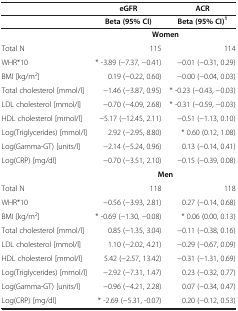
|  | eGFR | ACR |
 | --- | --- | --- |
 |  | Beta (95% CI) | Beta (95% CI)1 |
 |  | <COLSPAN=2> Women |
 | Total N | 115 | 114 |
 | WHR*10 | * -3.89 (−7.37, −0.41) | −0.01 (−0.31, 0.29) |
 | BMI [kg/m2] | 0.19 (−0.22, 0.60) | −0.00 (−0.04, 0.03) |
 | Total cholesterol [mmol/l] | −1.46 (−3.87, 0.95) | * -0.23 (−0.43, −0.03) |
 | LDL cholesterol [mmol/l] | −0.70 (−4.09, 2.68) | * -0.31 (−0.59, −0.03) |
 | HDL cholesterol [mmol/l] | −5.17 (−12.45, 2.11) | −0.51 (−1.13, 0.10) |
 | Log(Triglycerides) [mmol/l] | 2.92 (−2.95, 8.80) | * 0.60 (0.12, 1.08) |
 | Log(Gamma-GT) [units/l] | −2.14 (−5.24, 0.96) | 0.13 (−0.14, 0.41) |
 | Log(CRP) [mg/dl] | −0.70 (−3.51, 2.10) | −0.15 (−0.39, 0.08) |
 |  | <COLSPAN=2> Men |
 | Total N | 118 | 118 |
 | WHR*10 | −0.56 (−3.93, 2.81) | 0.27 (−0.14, 0.68) |
 | BMI [kg/m2] | * -0.69 (−1.30, −0.08) | * 0.06 (0.00, 0.13) |
 | Total cholesterol [mmol/l] | 0.85 (−1.35, 3.04) | −0.11 (−0.38, 0.16) |
 | LDL cholesterol [mmol/l] | 1.10 (−2.02, 4.21) | −0.29 (−0.67, 0.09) |
 | HDL cholesterol [mmol/l] | 5.42 (−2.57, 13.42) | −0.31 (−1.31, 0.69) |
 | Log(Triglycerides) [mmol/l] | −2.92 (−7.31, 1.47) | 0.23 (−0.32, 0.77) |
 | Log(Gamma-GT) [units/l] | −0.96 (−4.21, 2.28) | 0.07 (−0.34, 0.47) |
 | Log(CRP) [mg/dl] | * -2.69 (−5.31, -0.07) | 0.20 (−0.12, 0.53) |